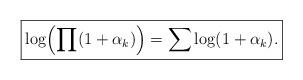
LaTeX: \begin{align*}\boxed{\log\Bigl(\prod(1+\alpha_k)\Bigr)=\sum\log(1+\alpha_k).}\end{align*}